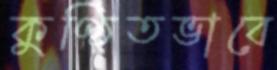
কুণ্ঠিতভাবে